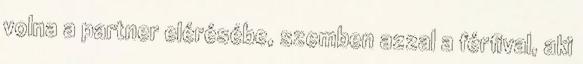
volna a partner elérésébe, szemben azzal a férﬁval, aki